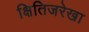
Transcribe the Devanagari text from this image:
क्षितिजरेखा